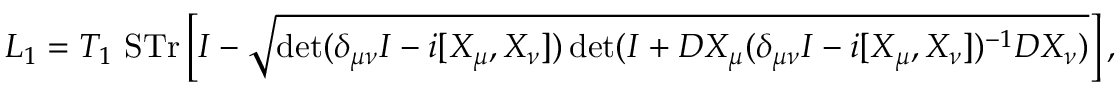
{ \cal L } _ { 1 } = T _ { 1 } ~ \mathrm { S T r } \left[ I - \sqrt { \operatorname * { d e t } ( \delta _ { \mu \nu } I - i [ X _ { \mu } , X _ { \nu } ] ) \operatorname * { d e t } ( I + D X _ { \mu } ( \delta _ { \mu \nu } I - i [ X _ { \mu } , X _ { \nu } ] ) ^ { - 1 } D X _ { \nu } ) } \right] ,